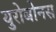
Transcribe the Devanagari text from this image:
युरोबोनस